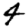
Digit: 4